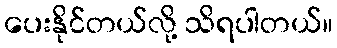
ပေးနိုင်တယ်လို့ သိရပါတယ်။